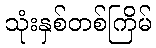
သုံးနှစ်တစ်ကြိမ်